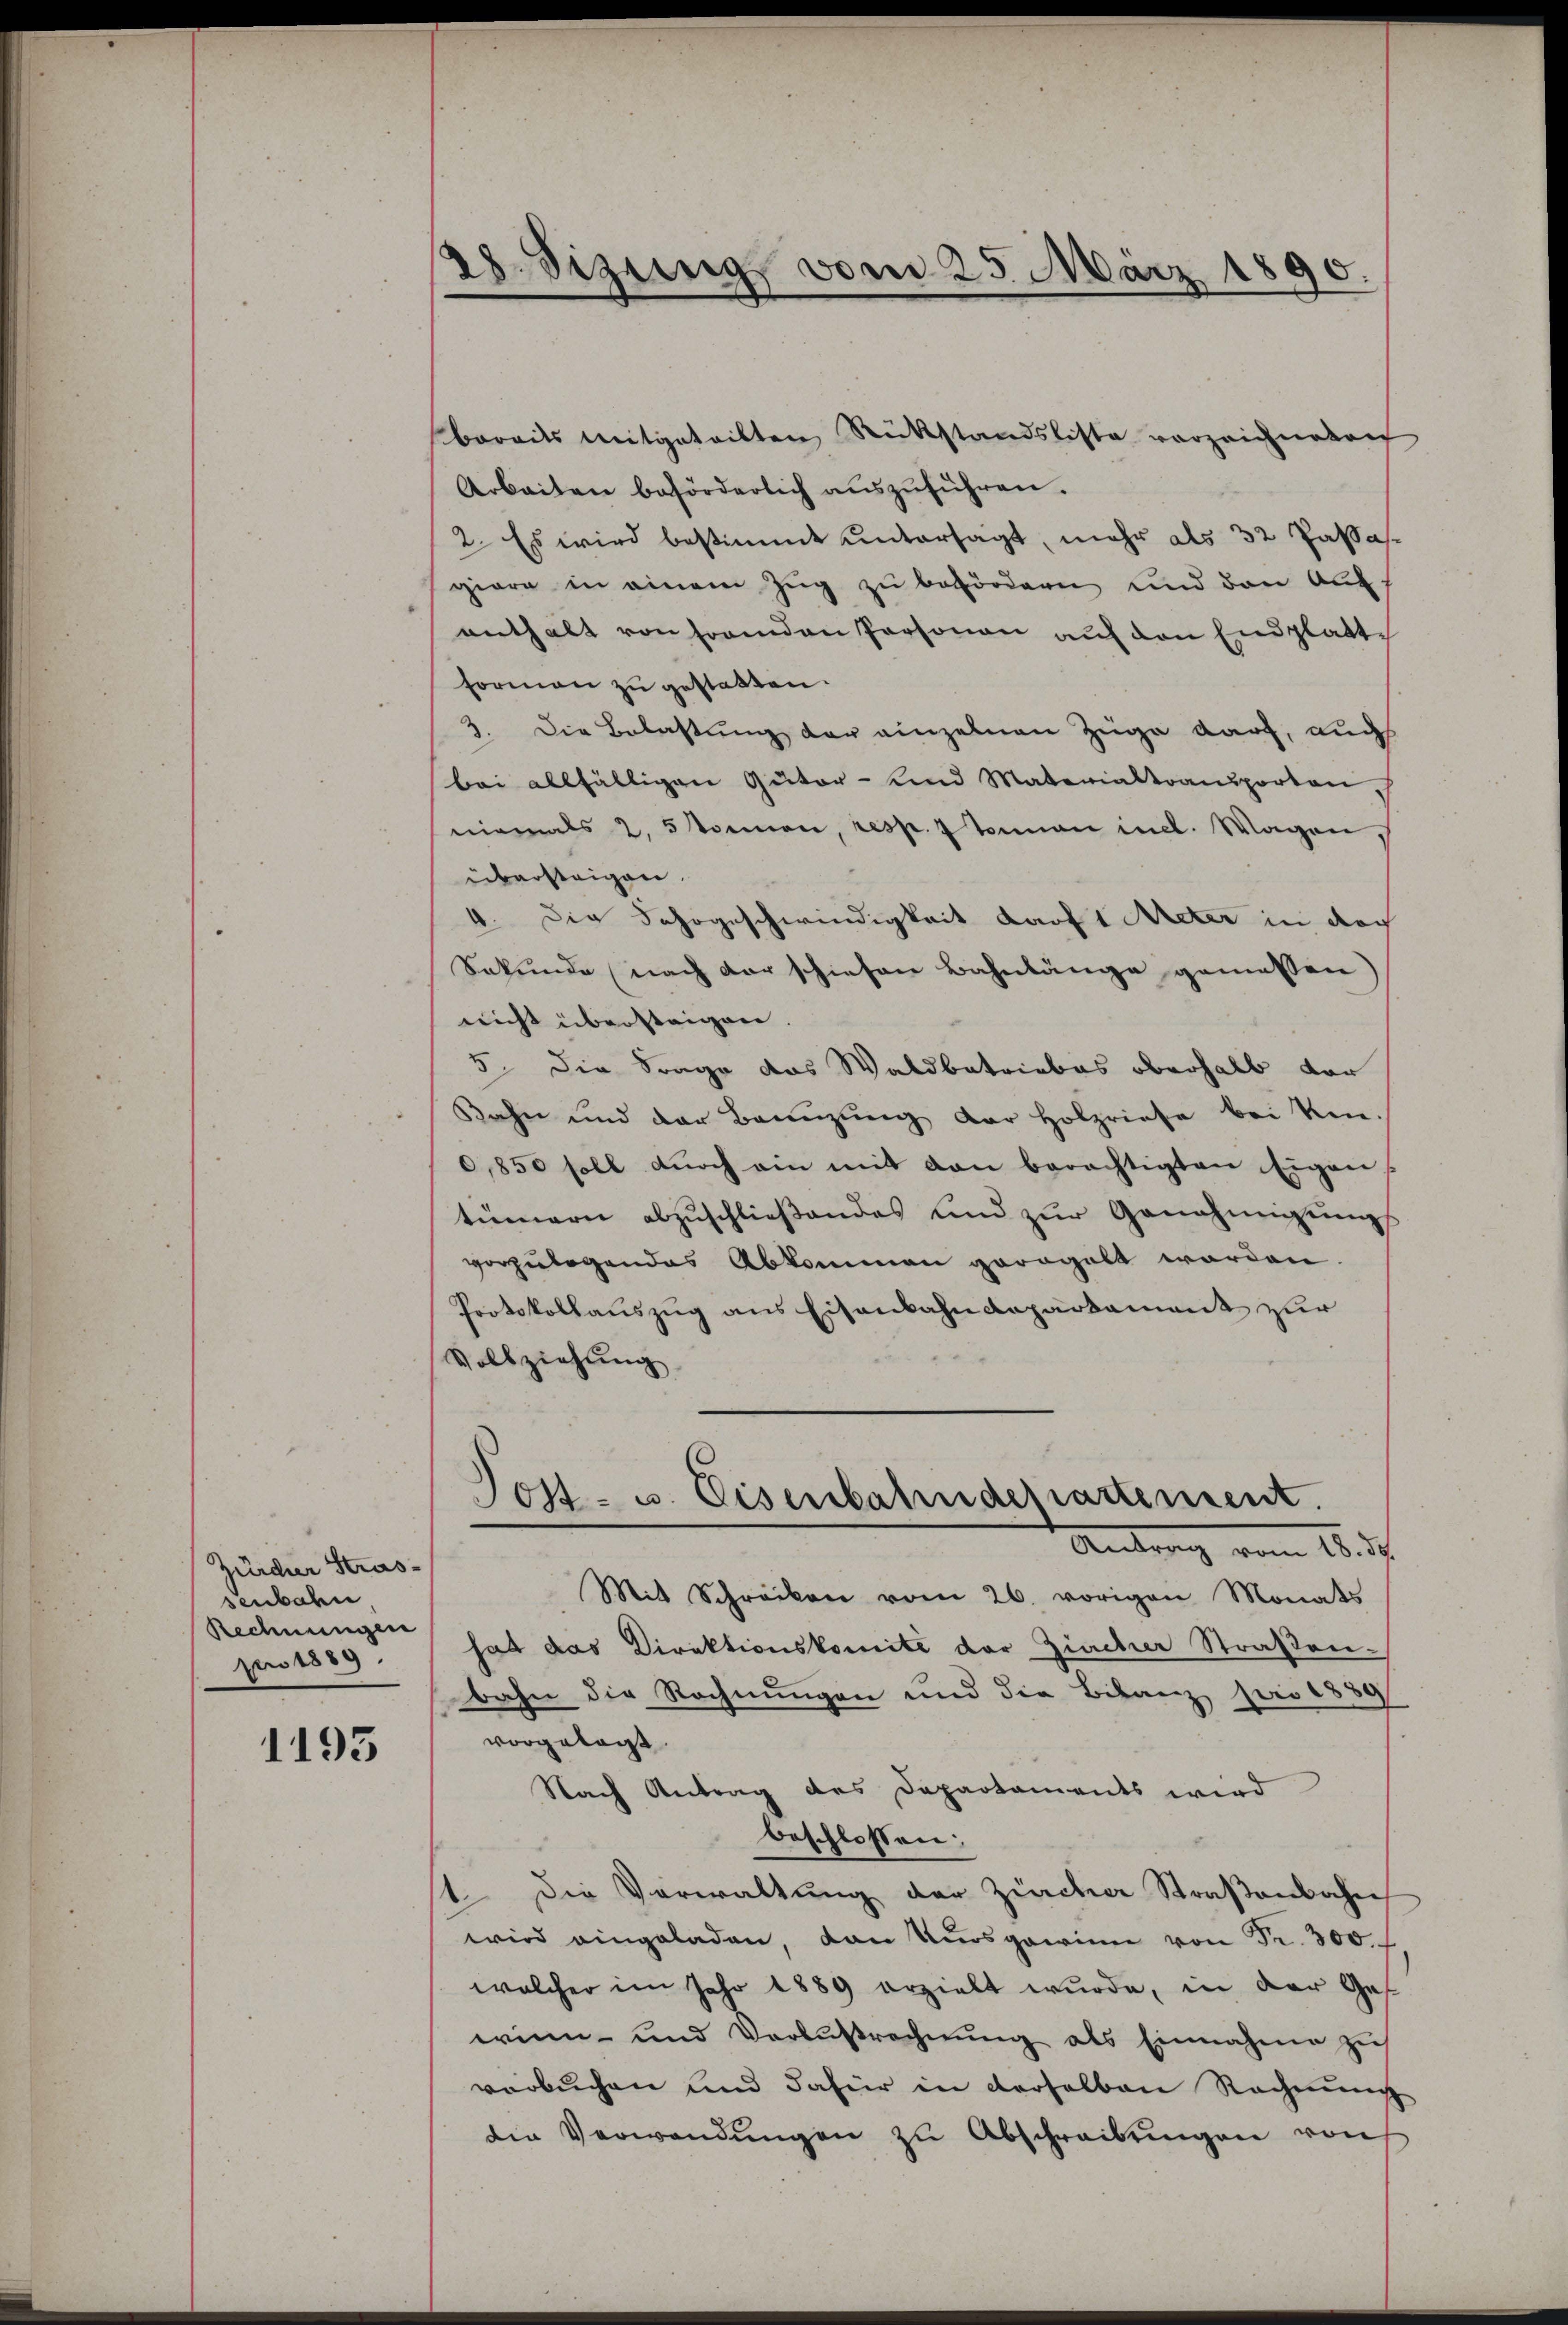
Zürcher Strassenbahn
Rechnungen
Ao 1889.

1195

28. Sizung vom 25. März 1890.

bereits mitgeteilten Rükstandsliste vorzeichneten
Arbeiten beförderlich aŭszŭführen.
2. Es wird bestimmt untersagt, mehr als 32 Passasgiere in einem Zug zu befördern und den Aufenthalt von fremden Personen auf den Endplatte
Formen zu gestatten.
3. Die Belastung der einzelnen Zuge darf, auchs
bei allfälligen Güter- und Materialtransporten,
niemals 2, 5 können, resp. 7 tenau incl. Wagen
übersteigen.
4. Die Fahrgeschwindigkeit darf 1 Meter in doch
Sekunde nach der schiehen Bahnlänge gemessen
nicht übersteigen.
5. Die Frage das Waldbetriebes oberhalb vor
Kahn und der Bannzung der Holzriefe bei Kin-
0,850 soll durch ein mit den berechtigten Eigen
tümern abzŭschlieβendes und zŭr Genehmigŭngs
vorzulegendes Abkommen geregelt worden.
Protokollauszug aus Eisenbahndepartament zur
Vollziehung

Mit Schröcken vom 26. vorigen Monats
hat das Direktionskomite der Zürcher Straßenbahn die Rechnungen und die Bilanz pro 1889
vorgelegt
Nach Antrag des Departaments wird
beschlossen:
1. Die Verwaltung der Zürcher Straßenbahn
wird eingeladen, dan Kursgewinn von Fr. 300.
welcher im Jahr 1889 erzielt wurde, in der Ges
winn und Verlustrechnŭng als Einnahme zu
verbuchen und dafür in derselben Rechnung
die Verwendŭngen zŭ Abschreibŭngen von

Post- u. Eisenbahndepartement.
Antrag vom 18. d.